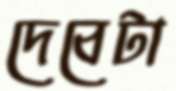
দেবেটা